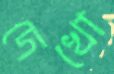
দেখো